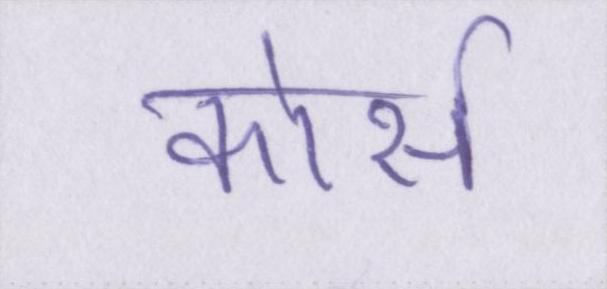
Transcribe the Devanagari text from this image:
कोर्स